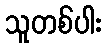
သူတစ်ပါး